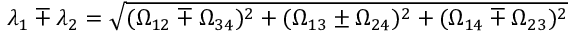
\lambda _ { 1 } \mp \lambda _ { 2 } = \sqrt { ( \Omega _ { 1 2 } \mp \Omega _ { 3 4 } ) ^ { 2 } + ( \Omega _ { 1 3 } \pm \Omega _ { 2 4 } ) ^ { 2 } + ( \Omega _ { 1 4 } \mp \Omega _ { 2 3 } ) ^ { 2 } }